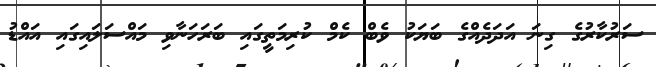
ސަރުކާރުގެ ގިނަ އަދަދެއްގެ ބަޔަކު ވެބް ކެމް ކުރިމަތީގައި ބަރަހަނާވި މައްސަލައިގައި އައްޑު